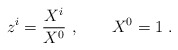
\begin{align*}z^i={X^i \over X^0} \ , \qquad X^0=1 \ .\end{align*}